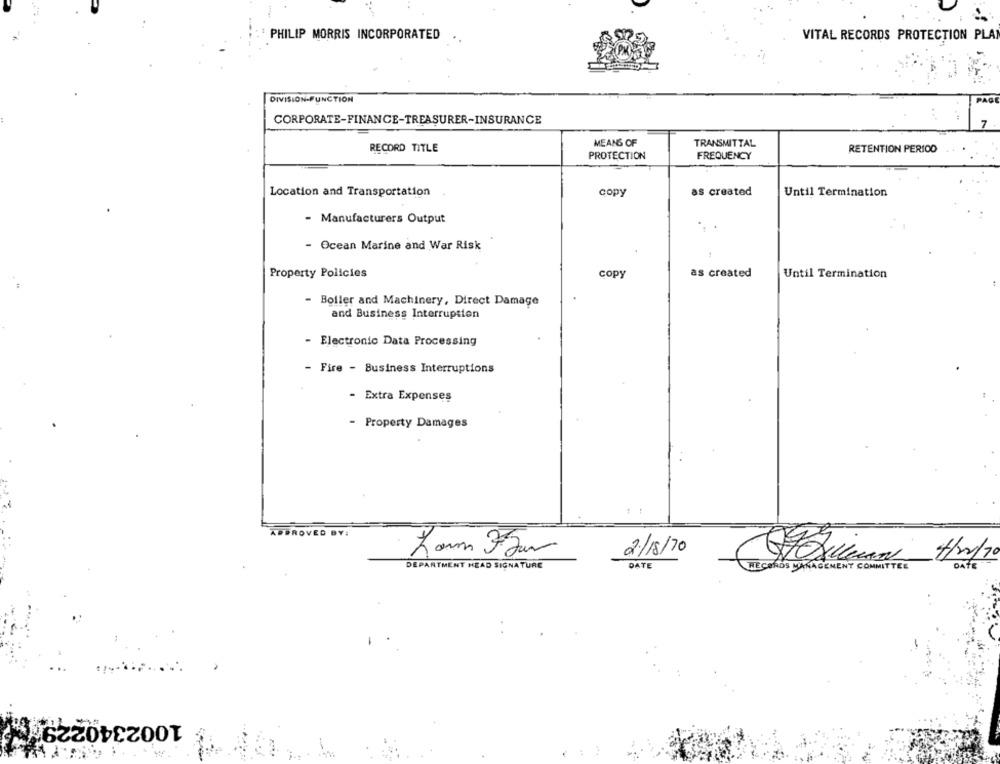
PHILIP MORRIS INCORPORATED
VITAL RECORDS PROTECTION PLAN
DIVISION-FUNCTION
CORPORATE-FINANCE-TREASURER-INSURANCE
MEANS OF
TRANSMITTAL
RECORD TITLE
RETENTION PERIOD
PROTECTION
FREQUENCY
Location and Transportation
copy
as created
Until Termination
- Manufacturers Output
- Ocean Marine and War Risk
Property Policies
copy
as created
Until Termination
Boller and Machinery, Direct Damage
and Business Interruption
- Electronic Data Processing
- Fire - Business Interruptions
- Extra Expenses
- Property Damages
APPROVED BY:
Larm FJun
2/18/70
DEPARTMENT HEAD SIGNATURE
DATE
DATE
RECORDS MANAGEMENT COMMITTEE
10023402290;